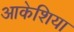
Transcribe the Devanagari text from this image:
आकेशिया